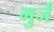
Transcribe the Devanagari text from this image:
मुर्ज